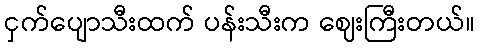
ငှက်ပျောသီးထက် ပန်းသီးက ဈေးကြီးတယ်။